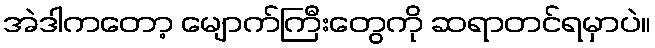
အဲဒါကတော့ မျောက်ကြီးတွေကို ဆရာတင်ရမှာပဲ။